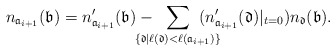
\begin{align*}n_{{\mathfrak{a}_{i+1}}}(\mathfrak{b})=n'_{{\mathfrak{a}_{i+1}}}(\mathfrak{b}) -\; \; \sum_{\mathclap{\{\mathfrak{d}\mid \ell(\mathfrak{d}) < \ell({\mathfrak{a}_{i+1}})\}}} \; \;(n'_{ {\mathfrak{a}_{i+1}}}(\mathfrak{d})|_{t=0})n_\mathfrak{d}(\mathfrak{b}).\end{align*}